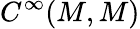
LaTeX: C^{\infty}(M,M)